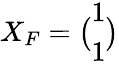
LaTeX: X_{F}=\big(\begin{array}{l}{1}\\ {1}\end{array}\big)